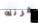
فرنك